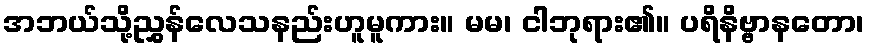
အဘယ်သို့ညွှန်လေသနည်းဟူမူကား။ မမ၊ ငါဘုရား၏။ ပရိနိဗ္ဗာနတော၊